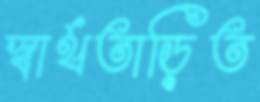
স্বার্থতাড়িত